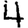
Digit: 4